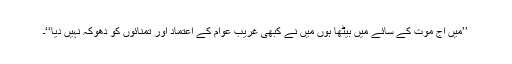
’’میں آج موت کے سائے میں بیٹھا ہوں میں نے کبھی غریب عوام کے اعتماد اور تمنائوں کو دھوکہ نہیں دیا‘‘۔